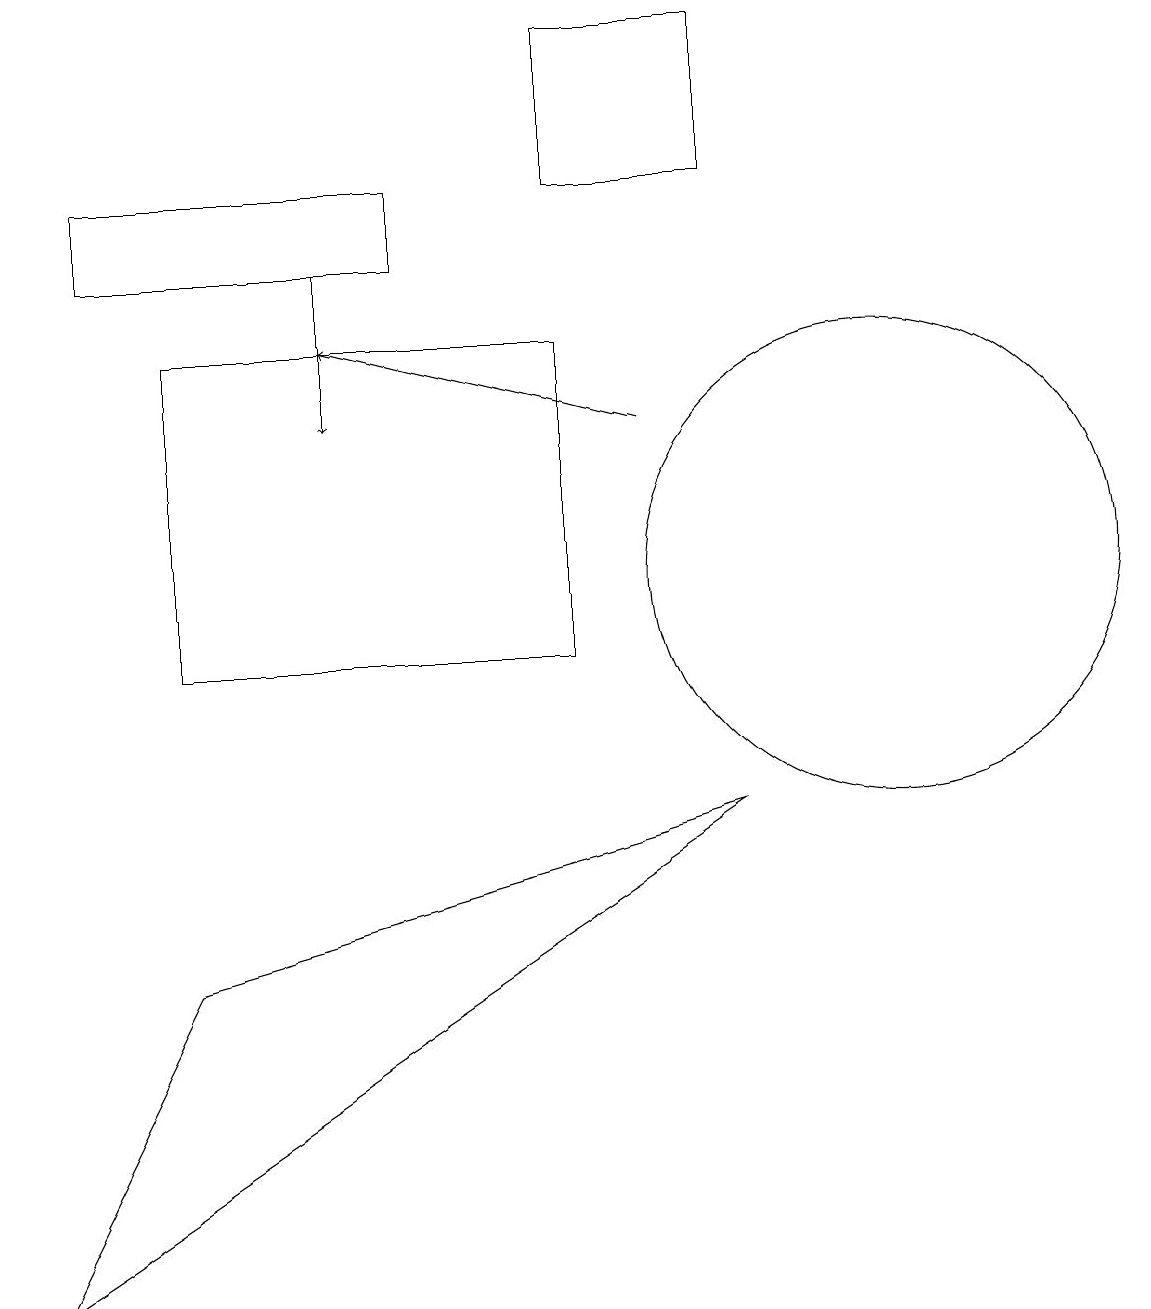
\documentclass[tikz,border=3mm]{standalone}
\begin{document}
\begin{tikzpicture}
\draw (0,3) -- (2,7) -- (9,9) -- cycle;
\draw (1,17) rectangle (5,16);
\draw[->] (8,14) -- (4,15);
\draw (7,17) rectangle (9,19);
\draw[->] (4,16) -- (4,14);
\draw (7,15) rectangle (2,11);
\draw (11,12) circle (3);
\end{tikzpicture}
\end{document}